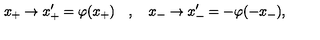
x _ { + } \to x _ { + } ^ { \prime } = \varphi ( x _ { + } ) \quad , \quad x _ { - } \to x _ { - } ^ { \prime } = - \varphi ( - x _ { - } ) ,